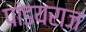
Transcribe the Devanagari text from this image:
पांडयराज